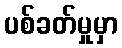
ပစ်ခတ်မှုမှာ